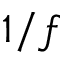
1 / f